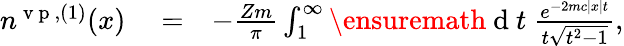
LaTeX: \begin{array}{rlr}{n^{\mathrm{~v~p~},(1)}(x)}&{{}=}&{-\frac{Zm}{\pi}\int_{1}^{\infty}\ensuremath{\mathrm{~d~}}t\; \frac{e^{-2mc|x|t}}{t\sqrt{t^{2}-1}},}\end{array}